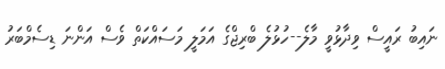
ނައިބު ރައީސް ވިދާޅުވީ މާލެ--ހުޅުލެ ބްރިޖްގެ އަމަލީ މަސައްކަތް ވެސް އަންނަ ޑިސެމްބަރު